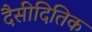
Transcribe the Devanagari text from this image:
दैसीदितिक